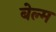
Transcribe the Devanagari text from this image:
बेल्म